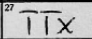
Transcription: TTX